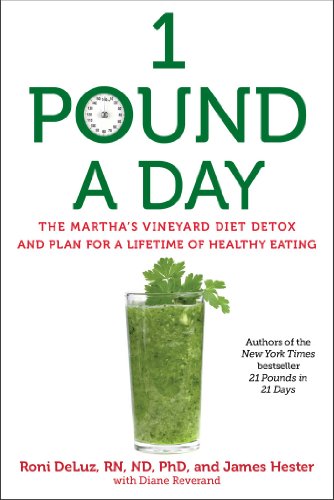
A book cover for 1 Pound a Day: The Martha's Vineyard Diet Detox and Plan for a Lifetime of Healthy Eating; Roni DeLuz; Health, Fitness & Dieting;